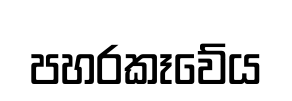
පහරකෑවේය